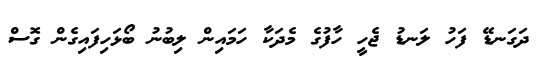
ދަގަނޑޭ ފަހު ލަނޑު ޖެހީ ހާފުގެ މެދަކާ ހަމައިން ލިބުނު ބޯޅަހިފައިގެން ގޮސް